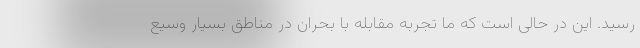
رسید. این در حالی است که ما تجربه مقابله با بحران در مناطق بسیار وسیع